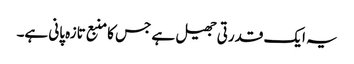
یہ ایک قدرتی جھیل ہے جس کا منبع تازہ پانی ہے۔